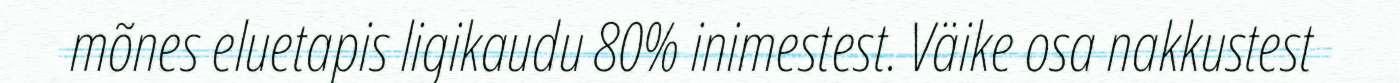
mõnes eluetapis ligikaudu 80% inimestest. Väike osa nakkustest